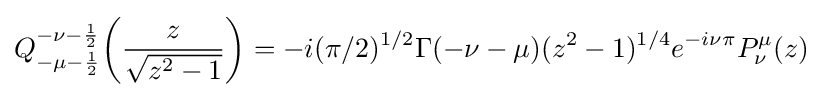
Q_{-\mu -{\frac {1}{2}}}^{-\nu -{\frac {1}{2}}}{\biggl (}{\frac {z}{\sqrt {z^{2}-1}}}{\biggr )}=-i(\pi /2)^{1/2}\Gamma (-\nu -\mu )(z^{2}-1)^{1/4}e^{-i\nu \pi }P_{\nu }^{\mu }(z)